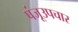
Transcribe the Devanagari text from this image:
पंजूउपचार